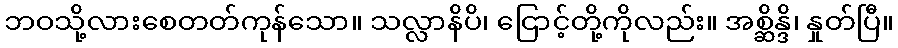
ဘဝသို့လားစေတတ်ကုန်သော။ သလ္လာနိပိ၊ ငြောင့်တို့ကိုလည်း။ အစ္ဆိန္ဒိ၊ နှုတ်ပြီ။